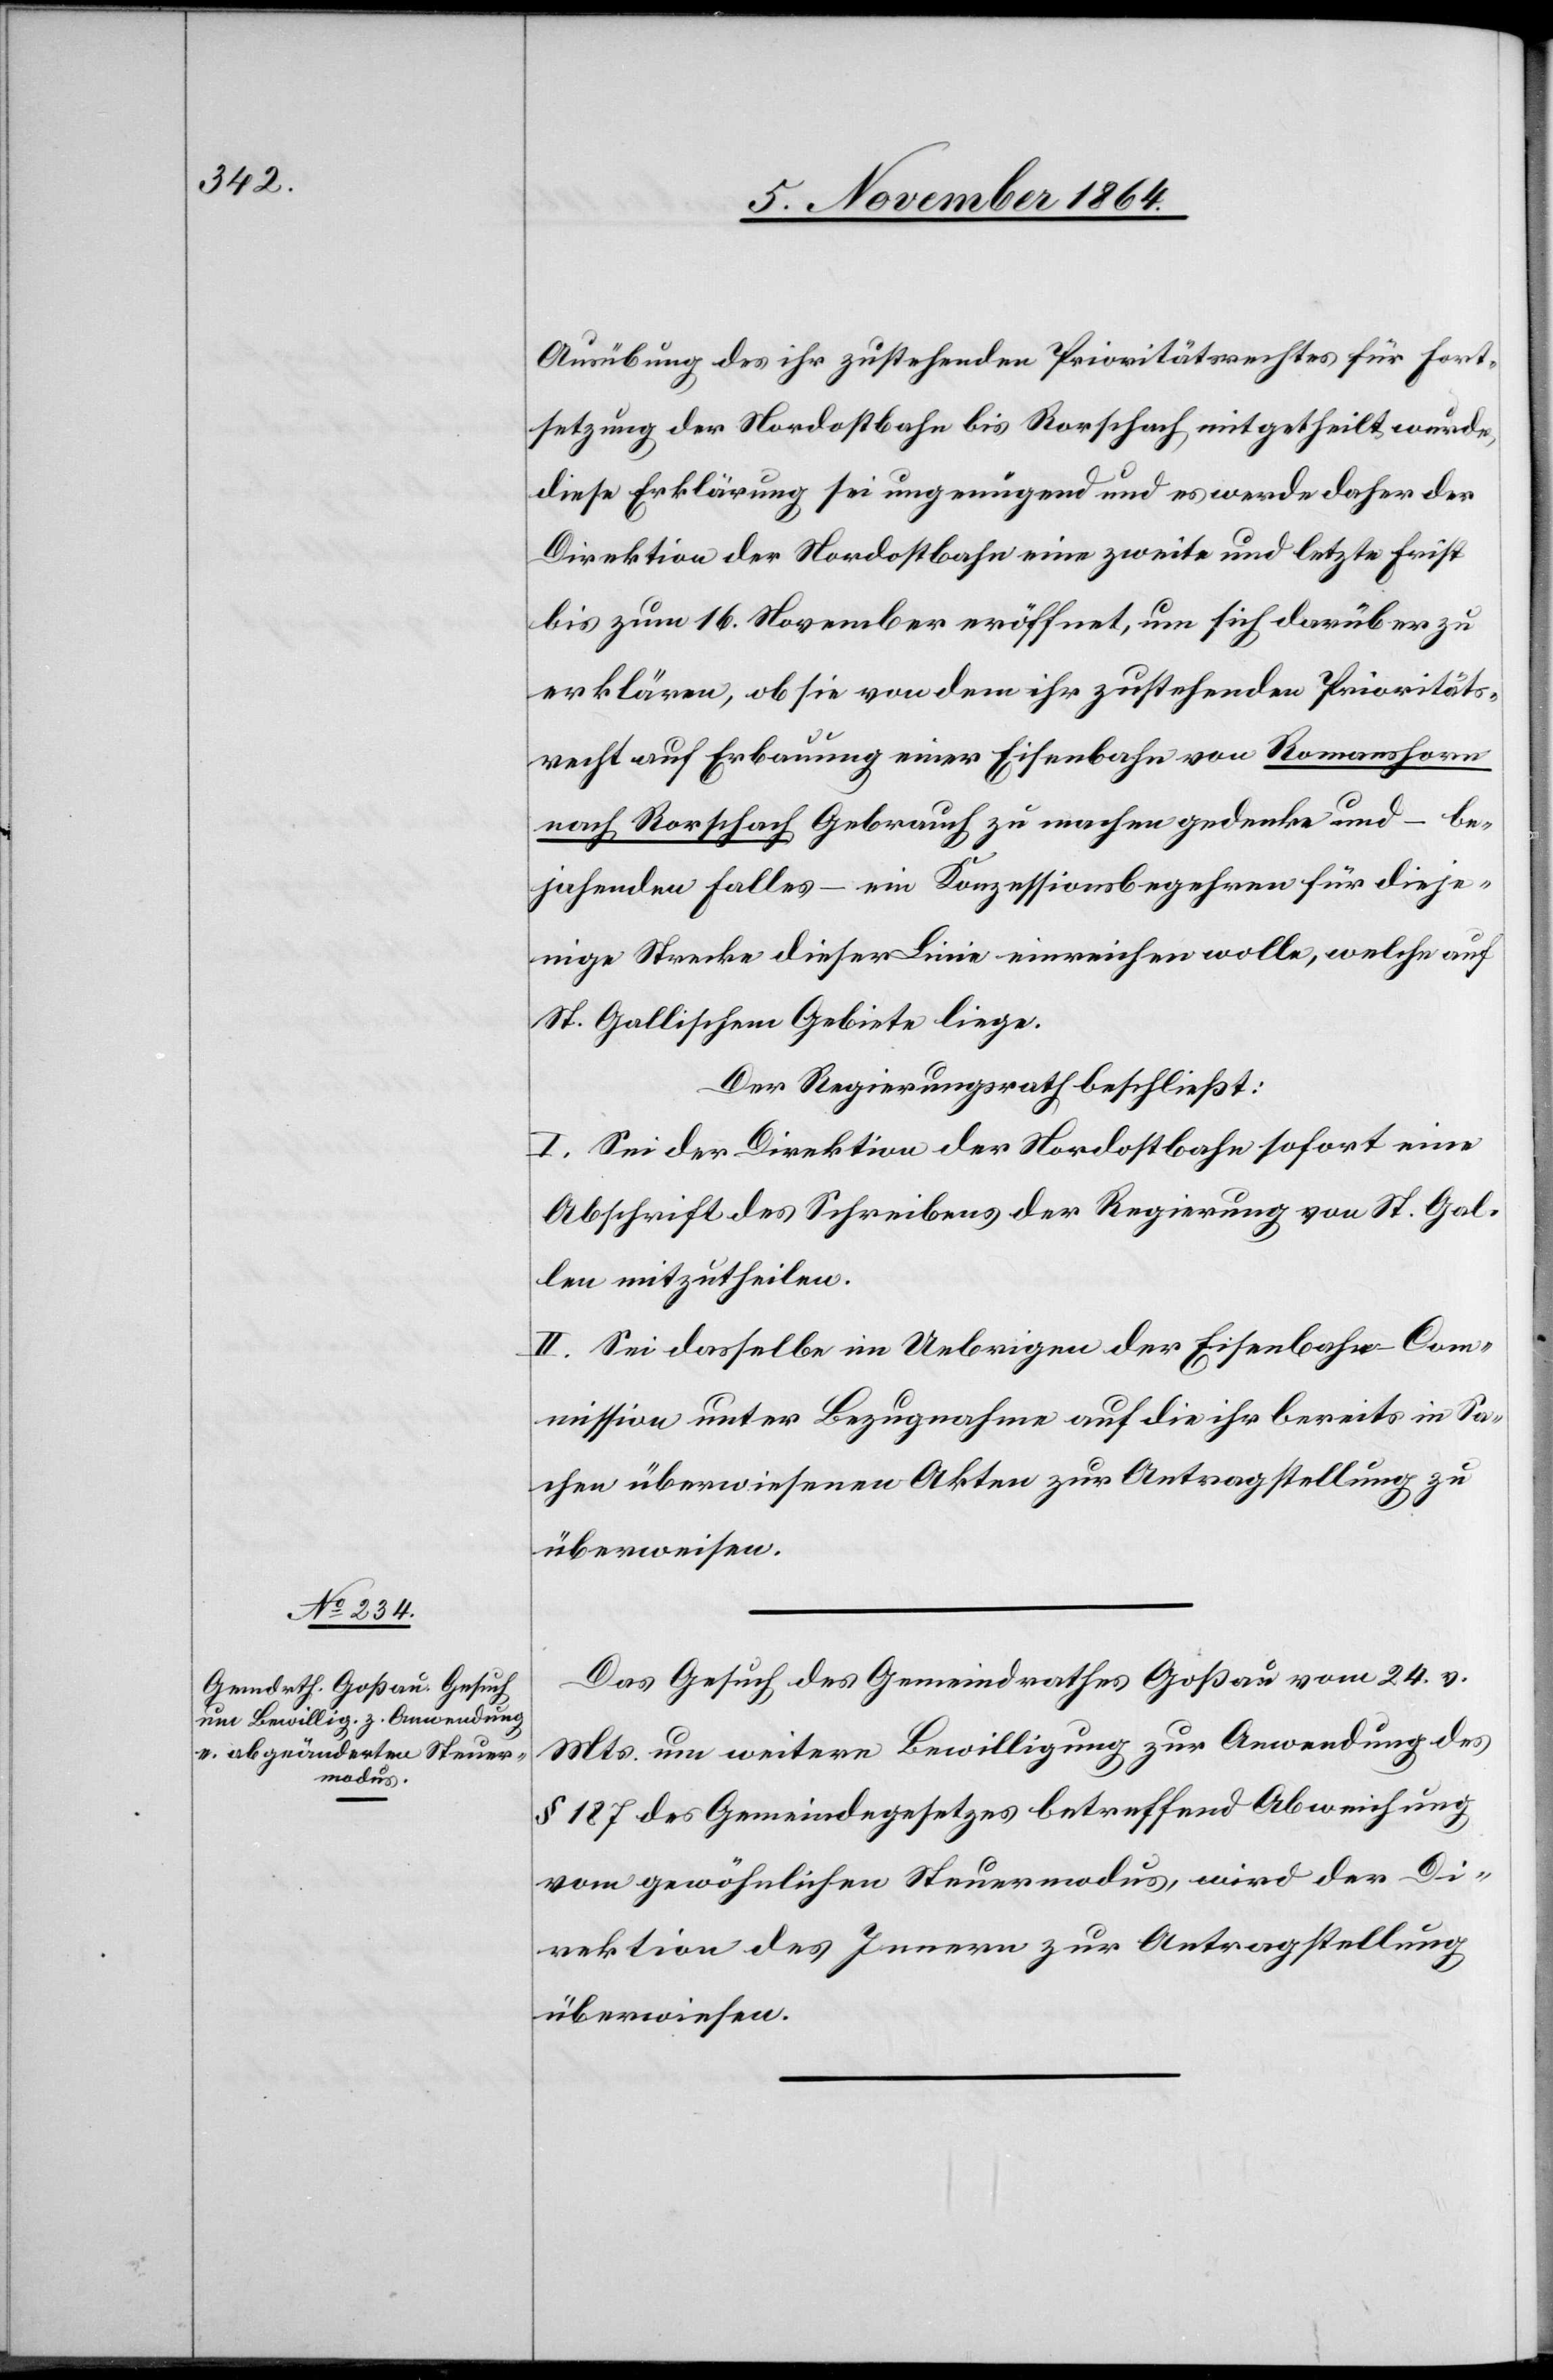
7. November 1864.]
Ausübung des ihr zustehenden Prioritätsrechtes für Fort¬
setzung der Nordostbahn bis Rorschach mitgetheilt wurde,
diese Erklärung sei ungenügend und es werde daher der
Direktion der Nordostbahn eine zweite und letzte Frist
bis zum 16. November eröffnet, um sich darüber zu
erklären, ob sie von dem ihr zustehenden Prioritäts¬
recht auf Erbauung einer Eisenbahn von Romanshorn
nach Rorschach Gebrauch zu machen gedenke und – be¬
jahenden Falles – ein Konzessionsbegehren für dieje¬
nige Strecke dieser Linie einreichen wolle, welche auf
St. Gallischem Gebiete liege.
Der Regierungsrath beschließt:
I. Sei der Direktion der Nordostbahn sofort eine
Abschrift des Schreibens der Regierung von St. Gal¬
len mitzutheilen.
II. Sei dasselbe im Uebrigen der Eisenbahn-Co¬
mmission unter Bezugnahme auf die ihr bereits in Sa¬
chen überwiesenen Akten zur Antragstellung zu
überweisen.
Das Gesuch des Gemeindrathes Goßau vom 24. v.
Mts. um weitere Bewilligung zur Anwendung des
§ 187 des Gemeindegesetzes betreffend Abweichung
vom gewöhnlichen Steuermodus, wird der Di¬
rektion des Innern zur Antragstellung
überwiesen.